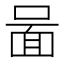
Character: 𠷰